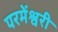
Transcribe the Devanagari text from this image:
परमेंश्वरी